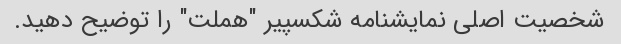
شخصیت اصلی نمایشنامه شکسپیر "هملت" را توضیح دهید.